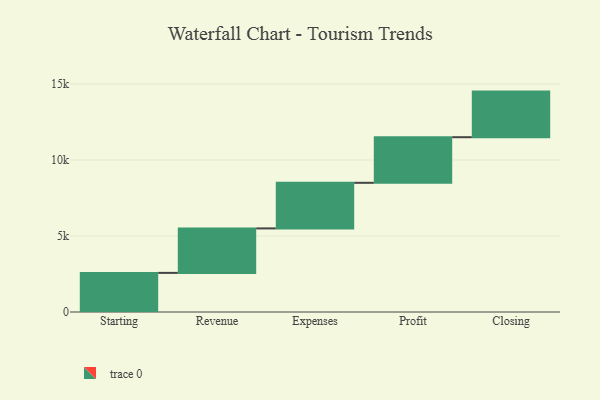
{"axis": {"x": "Step", "y": "Value"}, "legend": [""], "data": [{"x": "Starting", "y": 2573.0, "type": ""}, {"x": "Revenue", "y": 2926.0, "type": ""}, {"x": "Expenses", "y": 3000, "type": ""}, {"x": "Profit", "y": 3000, "type": ""}, {"x": "Closing", "y": 3000, "type": ""}]}